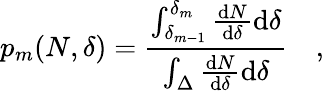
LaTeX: p_{m}(N,\delta)=\frac{\int_{\delta_{m-1}}^{\delta_{m}}\frac{\mathrm{d}N}{\mathrm{d}\delta}\mathrm{d}\delta}{\int_{\Delta}\frac{\mathrm{d}N}{\mathrm{d}\delta}\mathrm{d}\delta}\quad,